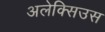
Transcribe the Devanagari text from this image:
अलेक्सिउस